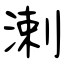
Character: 溂